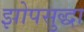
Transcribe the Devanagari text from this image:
झोपसुद्धा